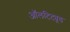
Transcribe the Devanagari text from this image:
ऑलटिट्यूड